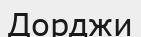
Дорджи